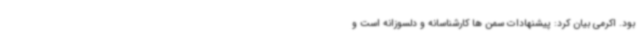
بود. اکرمی بیان کرد: پیشنهادات سمن ها کارشناسانه و دلسوزانه است و